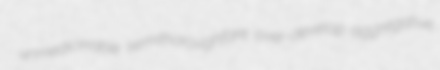
unmedicinable semithoroughfare over-develop aggregative